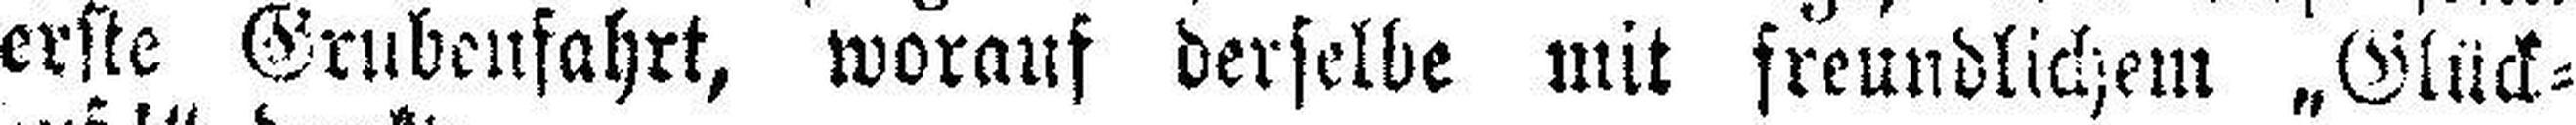
erste Grubenfahrt, worauf derselbe mit freundlichem „Glück¬